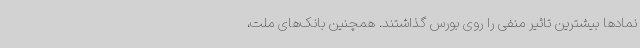
نمادها بیشترین تاثیر منفی را روی بورس گذاشتند. همچنین بانک‌های ملت،